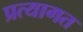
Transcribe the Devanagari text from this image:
प्रत्यागत